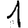
Digit: 1